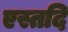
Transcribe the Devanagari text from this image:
एस्तदि